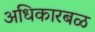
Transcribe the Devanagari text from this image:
अधिकारबळ